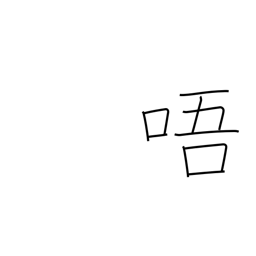
Meaning: reading voice